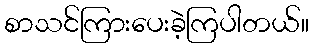
စာသင်ကြားပေးခဲ့ကြပါတယ်။